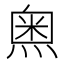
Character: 𱫵